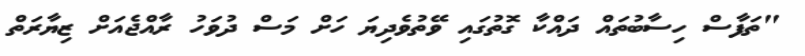
"ތަފާސް ހިސާބުތައް ދައްކާ ގޮތުގައި ވޭތުވެދިޔަ ހަށް މަސް ދުވަހު ރާއްޖެއަށް ޒިޔާރަތް